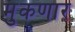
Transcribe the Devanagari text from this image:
मुकणार